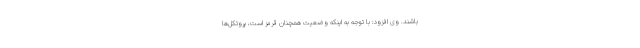
باشند. وی افزود: با توجه به اینکه وضعیت همچنان قرمز است، پروتکل‌ها